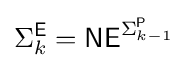
\Sigma _{k}^{\mathsf {E}}={\mathsf {NE}}^{\Sigma _{k-1}^{\mathsf {P}}}